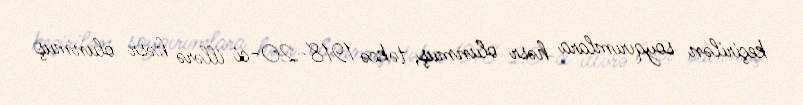
keçirilən soyqırımlara həsr olunmuş, təkcə 1918-20-ci illərə həsr olunmuş